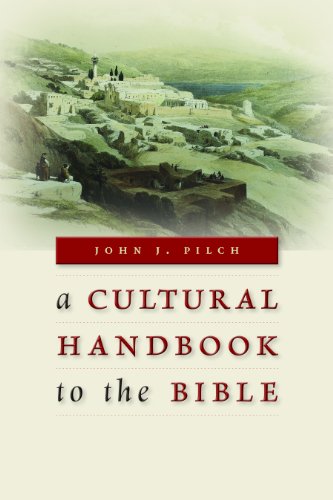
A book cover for A Cultural Handbook to the Bible; John J. Pilch; Christian Books & Bibles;